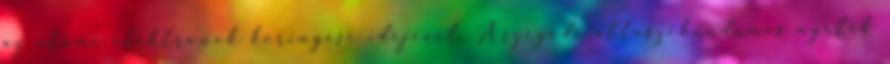
az atomi elektronok keringési idejével. A szegedi attoszekundumos nyaláb